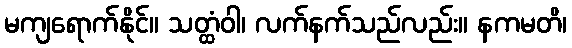
မကျရောက်နိုင်။ သတ္ထံဝါ၊ လက်နက်သည်လည်း။ နကမတိ၊